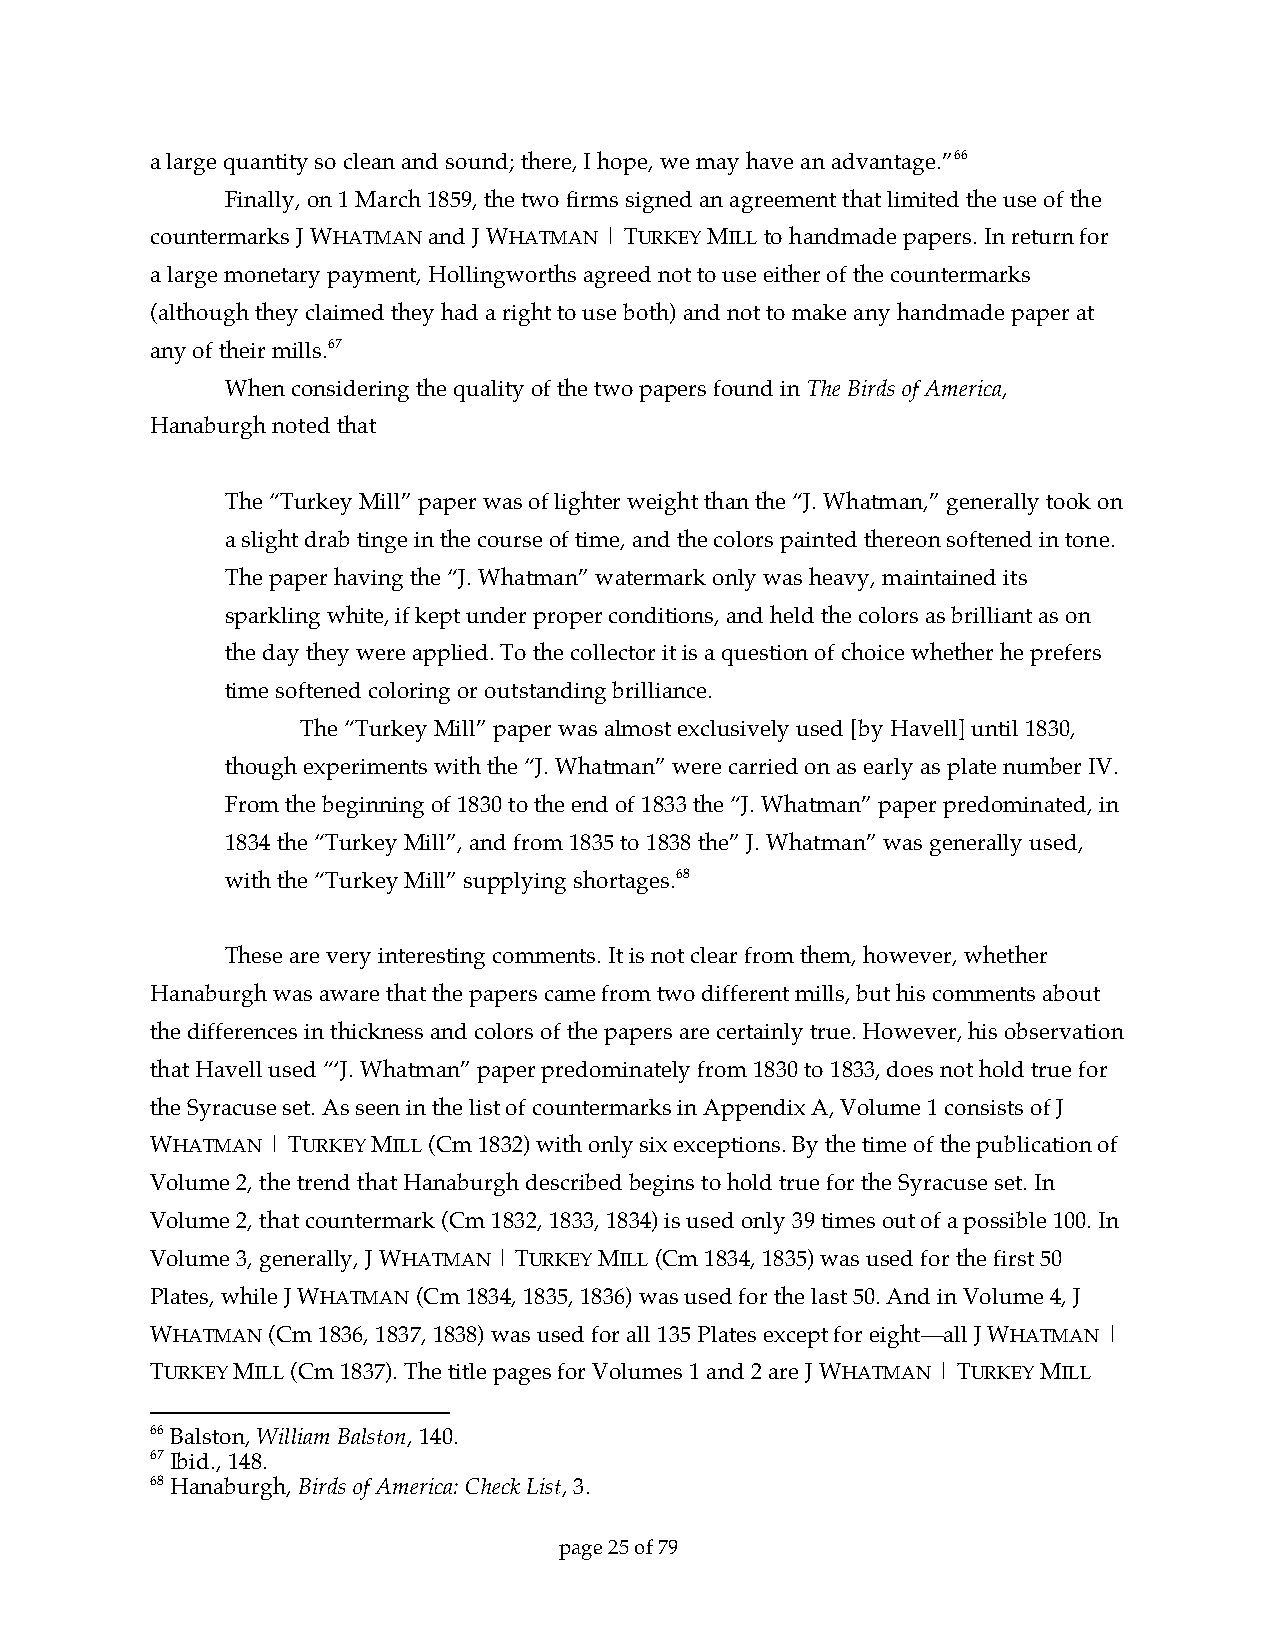
a large quantity so clean and sound; there, I hope, we may have an advantage.”66
 Finally, on 1 March 1859, the two firms signed an agreement that limited the use of the
 countermarks J WHATMAN and J WHATMAN | TURKEY MILL to handmade papers. In return for
 a large monetary payment, Hollingworths agreed not to use either of the countermarks
 (although they claimed they had a right to use both) and not to make any handmade paper at
 any of their mills.67
 When considering the quality of the two papers found in The Birds of America,
 Hanaburgh noted that
 The “Turkey Mill” paper was of lighter weight than the “J. Whatman,” generally took on
 a slight drab tinge in the course of time, and the colors painted thereon softened in tone.
 The paper having the “J. Whatman” watermark only was heavy, maintained its
 sparkling white, if kept under proper conditions, and held the colors as brilliant as on
 the day they were applied. To the collector it is a question of choice whether he prefers
 time softened coloring or outstanding brilliance.
 The “Turkey Mill” paper was almost exclusively used [by Havell] until 1830,
 though experiments with the “J. Whatman” were carried on as early as plate number IV.
 From the beginning of 1830 to the end of 1833 the “J. Whatman” paper predominated, in
 1834 the “Turkey Mill”, and from 1835 to 1838 the” J. Whatman” was generally used,
 with the “Turkey Mill” supplying shortages.68
 These are very interesting comments. It is not clear from them, however, whether
 Hanaburgh was aware that the papers came from two different mills, but his comments about
 the differences in thickness and colors of the papers are certainly true. However, his observation
 that Havell used “‘J. Whatman” paper predominately from 1830 to 1833, does not hold true for
 the Syracuse set. As seen in the list of countermarks in Appendix A, Volume 1 consists of J
 WHATMAN | TURKEY MILL (Cm 1832) with only six exceptions. By the time of the publication of
 Volume 2, the trend that Hanaburgh described begins to hold true for the Syracuse set. In
 Volume 2, that countermark (Cm 1832, 1833, 1834) is used only 39 times out of a possible 100. In
 Volume 3, generally, J WHATMAN | TURKEY MILL (Cm 1834, 1835) was used for the first 50
 Plates, while J WHATMAN (Cm 1834, 1835, 1836) was used for the last 50. And in Volume 4, J
 WHATMAN (Cm 1836, 1837, 1838) was used for all 135 Plates except for eight—all J WHATMAN |
 TURKEY MILL (Cm 1837). The title pages for Volumes 1 and 2 are J WHATMAN | TURKEY MILL
 66 Balston, William Balston, 140.
 67 Ibid., 148.
 68 Hanaburgh, Birds of America: Check List, 3.
 page 25 of 79